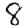
Digit: 8